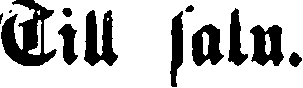
Till salu.